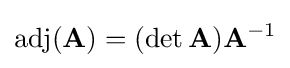
\operatorname {adj} (\mathbf {A} )=(\det \mathbf {A} )\mathbf {A} ^{-1}